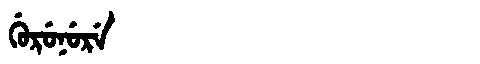
Manchu: ᡤᡠᡵᡠᠨᡠᡵᡝ
Romanization: GURUNURE